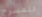
للمسرح